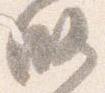
略